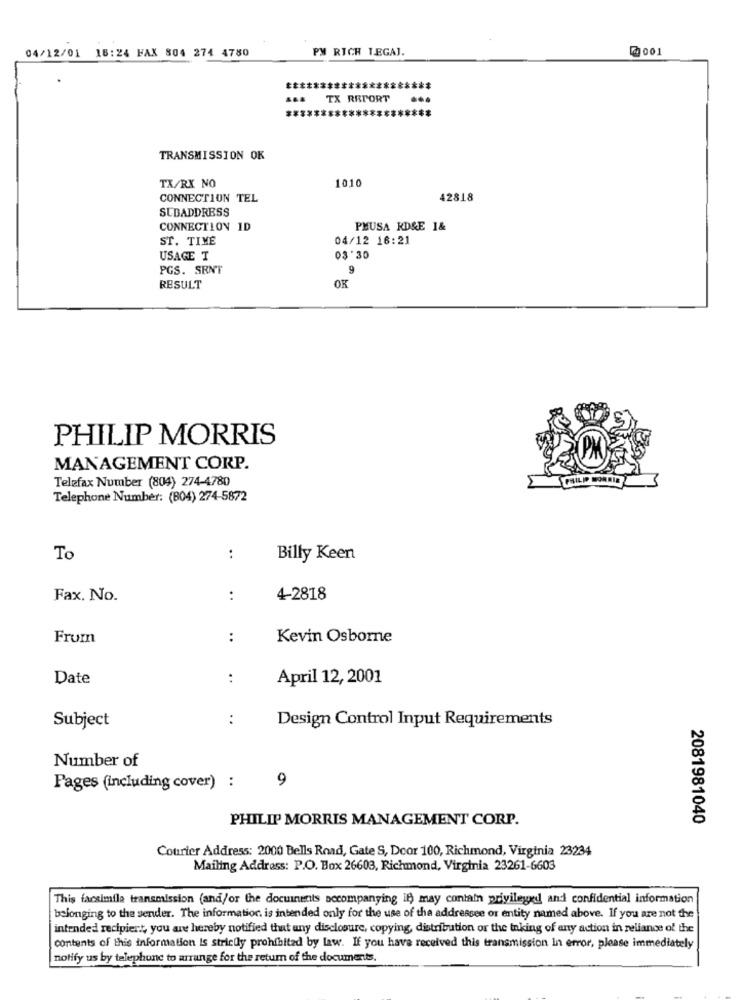
04/12/01 18:24 FAX 804 274 4780
PM RICH TEGAJ.
TX REPORT
TRANSMISSION OK
TX/RX NO
1010
CONNECTION TEL
42818
SUBADDRESS
CONNECTION ID
PMUSA KD&E 1&
ST. TIME
04/12 16:21
USAGE T
03'30
PGS. SENT
9
RESULT
OK
PHILIP MORRIS
MANAGEMENT CORP.
Telefax Number (804) 274-4780
Telephone Number: (804) 274-5872
To
:
Billy Keen
Fax. No.
:
4-2818
From
:
Kevin Osborne
Date
:
April 12, 2001
Subject
:
Design Control Input Requirements
Number of
9
Pages (including cover) :
PHILIP MORRIS MANAGEMENT CORP.
2081981040
Courier Address: 2000 Bells Road, Gate S, Door 100, Richmond, Virginia 23234
Mailing Address: P.O. Box 26603, Richmond, Virginia 23261-6603
This facsimile transmission (and/or the documents accompanying it may contain privileged and confidential information
belonging to the sender. The information. is intended only for the use of the addressee or entity named above. If you are not the
intended recipient, you are hereby notified that any disclosure, copying, distribution or the taking of any action in reliance of the
contents of this information is strictly prohibited by law. If you have received this transmission In error, please immediately
notify us by telephone to arrange for the return of the documents.